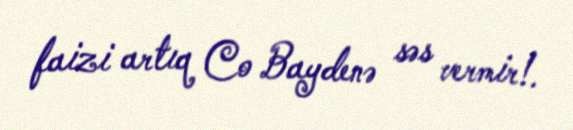
faizi artıq Co Baydenə səs vermir!.